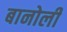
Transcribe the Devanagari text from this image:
बानोली